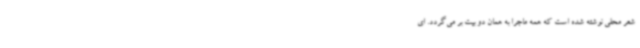
شعر محلی نوشته شده است که همه ماجرا به همان دو بیت بر می‌گردد. ای